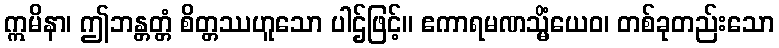
ဣမိနာ၊ ဤဘန္တတ္တံ စိတ္တဿဟူသော ပါဌ်ဖြင့်။ ဧကာရမဏသ္မိံယေဝ၊ တစ်ခုတည်းသော